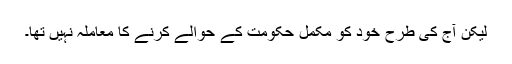
لیکن آج کی طرح خود کو مکمل حکومت کے حوالے کرنے کا معاملہ نہیں تھا۔